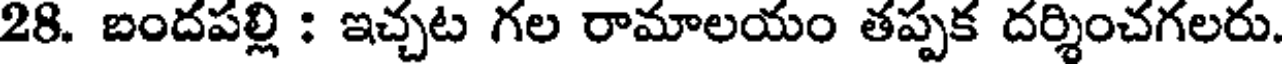
28. బందపల్లి : ఇచ్చట గల రామాలయం తప్పక దర్శించగలరు.